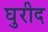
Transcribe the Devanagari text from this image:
घुरीद